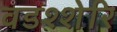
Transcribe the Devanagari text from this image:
वडश्शेरि